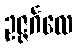
ဥဇ္ဇင်္ဂလေ